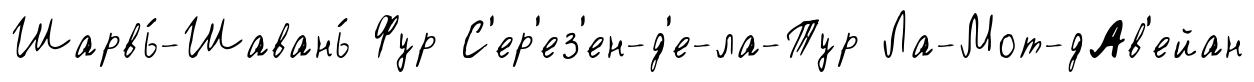
Шарвь́-Шавань́ Фур С'ер'ез'ен-д'е-ла-Тур Ла-Мот-дАв'ейан